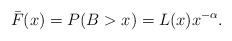
LaTeX: \begin{align*} \bar F(x) = P(B>x) = L(x) x^{-\alpha}.\end{align*}